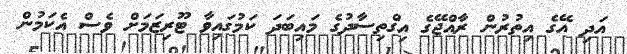
އަދި އޭގެ އިތުރުން ރާއްޖޭގެ އިގްތިސާދުގެ މައިބަދަ ކަމުގައިވާ ޓޫރިޒަމަށް ވެސް އެކަމުން